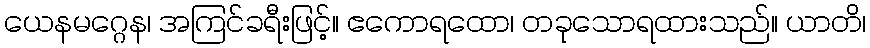
ယေနမဂ္ဂေန၊ အကြင်ခရီးဖြင့်။ ဧကောရထော၊ တခုသောရထားသည်။ ယာတိ၊